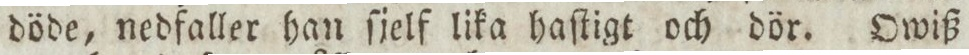
döde, nedfaller han ſjelf lika haſtigt och dör. Owiß